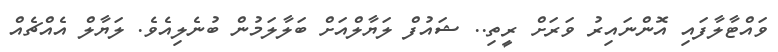
ވައްޓާލާފައި އޮންނައިރު ވަރަށް ރީތި.. ޝައުފް ލަޔާލްއަށް ބަލާލަމުން ބުނެލިއެވެ. ލަޔާލް އެއްޗެއް